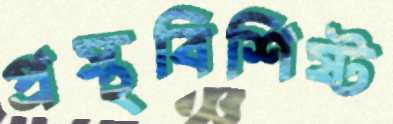
প্রস্থবিশিষ্ট